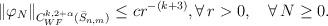
LaTeX: \begin{align*}\begin{aligned}\|\varphi_N\|_{C^{k,2+\alpha}_{WF}(\bar S_{n,m})} \leq c r^{-(k+3)}, \forall\, r>0,\quad\forall\, N \geq 0.\end{aligned}\end{align*}